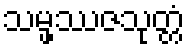
သမ္ဖဿဇသုတ္တံ